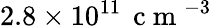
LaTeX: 2.8\times 10^{11}\, \mathrm{~c~m~}^{-3}